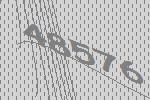
48576